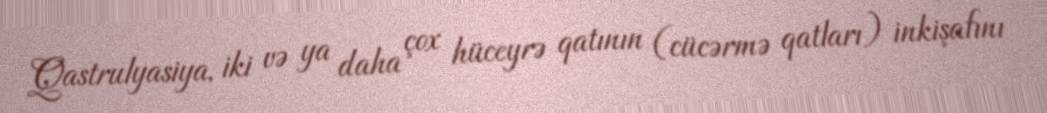
Qastrulyasiya, iki və ya daha çox hüceyrə qatının (cücərmə qatları) inkişafını